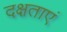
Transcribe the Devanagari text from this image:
दक्षताएं